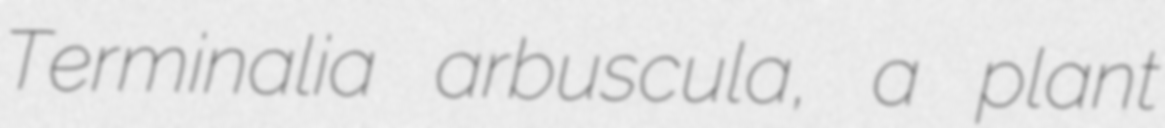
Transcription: Terminalia arbuscula, a plant